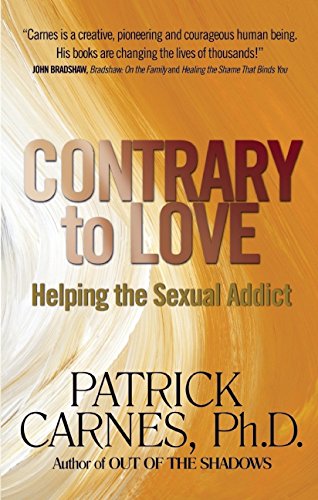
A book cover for Contrary to Love: Helping the Sexual Addict; Patrick Carnes; Health, Fitness & Dieting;